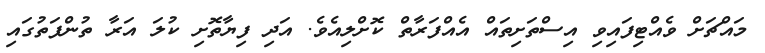
މައްޗަށް ވެއްޓިފައިވި އިސްތަށިތައް އެއްފަރާތް ކޮށްލިއެވެ. އަދި ފިޔާތޮށި ކުލަ އަރާ ތުންފަތުގައި